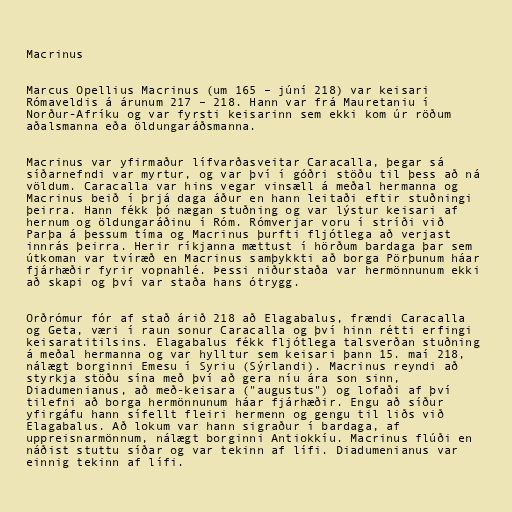
Macrinus

Marcus Opellius Macrinus (um 165 – júní 218) var keisari
Rómaveldis á árunum 217 – 218. Hann var frá Mauretaniu í
Norður-Afríku og var fyrsti keisarinn sem ekki kom úr röðum
aðalsmanna eða öldungaráðsmanna.

Macrinus var yfirmaður lífvarðasveitar Caracalla, þegar sá
síðarnefndi var myrtur, og var því í góðri stöðu til þess að ná
völdum. Caracalla var hins vegar vinsæll á meðal hermanna og
Macrinus beið í þrjá daga áður en hann leitaði eftir stuðningi
þeirra. Hann fékk þó nægan stuðning og var lýstur keisari af
hernum og öldungaráðinu í Róm. Rómverjar voru í stríði við
Parþa á þessum tíma og Macrinus þurfti fljótlega að verjast
innrás þeirra. Herir ríkjanna mættust í hörðum bardaga þar sem
útkoman var tvíræð en Macrinus samþykkti að borga Pörþunum háar
fjárhæðir fyrir vopnahlé. Þessi niðurstaða var hermönnunum ekki
að skapi og því var staða hans ótrygg.

Orðrómur fór af stað árið 218 að Elagabalus, frændi Caracalla
og Geta, væri í raun sonur Caracalla og því hinn rétti erfingi
keisaratitilsins. Elagabalus fékk fljótlega talsverðan stuðning
á meðal hermanna og var hylltur sem keisari þann 15. maí 218,
nálægt borginni Emesu í Syriu (Sýrlandi). Macrinus reyndi að
styrkja stöðu sína með því að gera níu ára son sinn,
Diadumenianus, að með-keisara ("augustus") og lofaði af því
tilefni að borga hermönnunum háar fjárhæðir. Engu að síður
yfirgáfu hann sífellt fleiri hermenn og gengu til liðs við
Elagabalus. Að lokum var hann sigraður í bardaga, af
uppreisnarmönnum, nálægt borginni Antiokkíu. Macrinus flúði en
náðist stuttu síðar og var tekinn af lífi. Diadumenianus var
einnig tekinn af lífi.